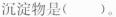
沉淀物是()。